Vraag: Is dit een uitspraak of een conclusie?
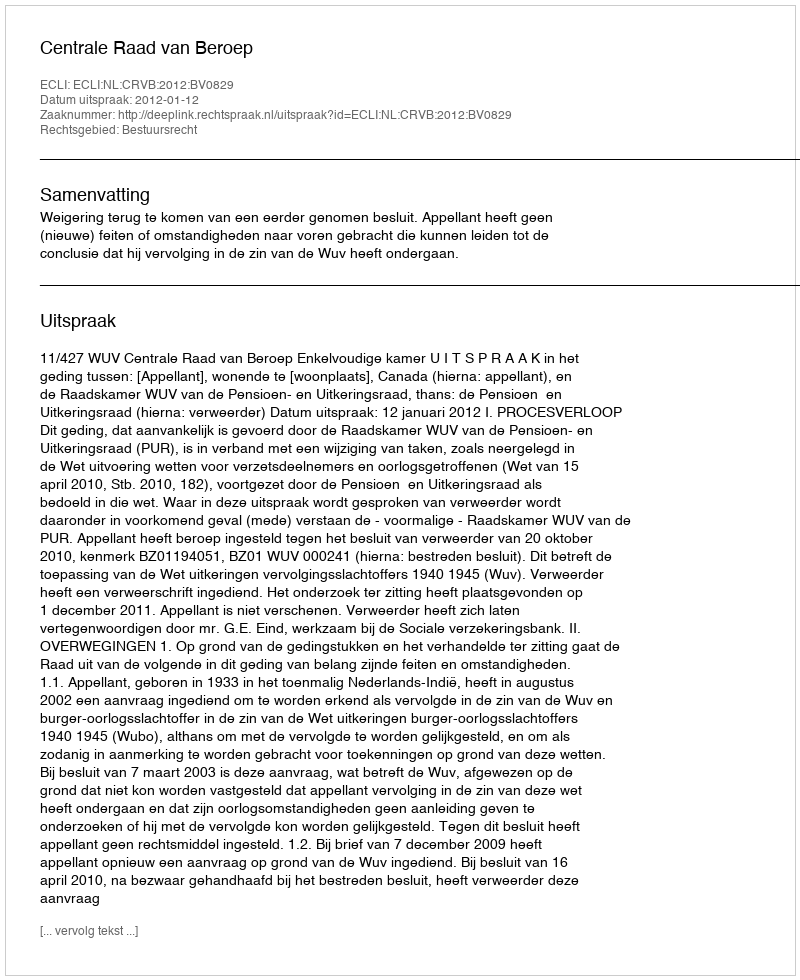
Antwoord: Uitspraak